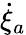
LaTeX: \dot{\xi}_{a}